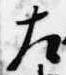
左